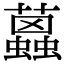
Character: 𧔐